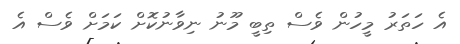
އެ ހަތަރު މީހުން ވެސް ތިބީ މޫނު ނިވާނުކޮށް ކަމަށް ވެސް އެ